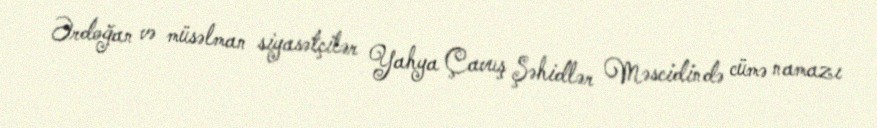
Ərdoğan və müsəlman siyasətçilər Yahya Çavuş Şəhidlər Məscidində cümə namazı